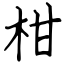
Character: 柑